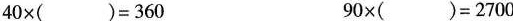
$$4 0 \times ( ) = 3 6 0$$ $$9 0 \times ( ) = 2 7 0 0$$